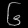
Digit: ၆